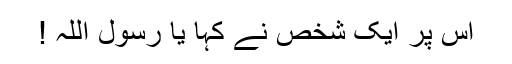
اس پر ایک شخص نے کہا یا رسول اللہ !